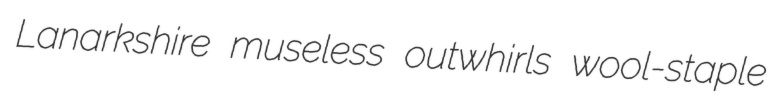
Lanarkshire museless outwhirls wool-staple